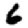
Digit: 6